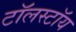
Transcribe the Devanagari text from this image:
टॉलस्‍टॉय